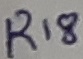
Text: R18